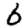
Digit: 6